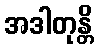
အဒါတုန္တိ